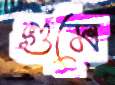
গুমে